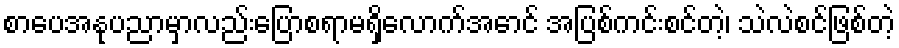
စာပေအနုပညာမှာလည်းပြောစရာမရှိလောက်အောင် အပြစ်ကင်းစင်တဲ့၊ သဲလဲစင်ဖြစ်တဲ့